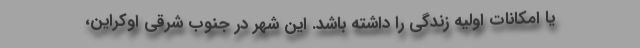
یا امکانات اولیه زندگی را داشته باشد. این شهر در جنوب شرقی اوکراین،